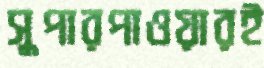
সুপারপাওয়ারই